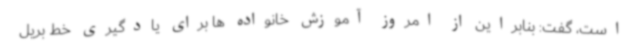
است، گفت: بنابراین از امروز آموزش خانواده ها برای یادگیری خط بریل